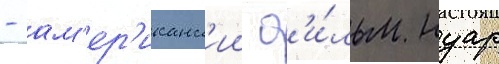
- ам'ер'иканск'ии ф'и́льм нуар